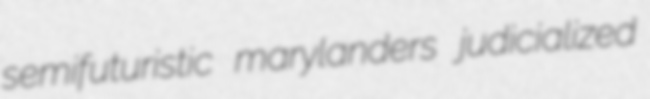
semifuturistic marylanders judicialized